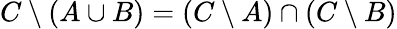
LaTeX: C\setminus(A\cup B)=(C\setminus A)\cap(C\setminus B)